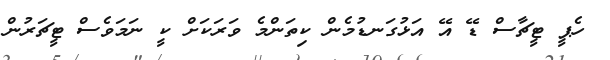
ހެޕީ ޓީޗާސް ޑޭ އޭ އަޅުގަނޑުމެން ކިތަންމެ ވަރަކަށް ކީ ނަމަވެސް ޓީޗަރުން